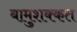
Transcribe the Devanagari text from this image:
बामुशक्कत